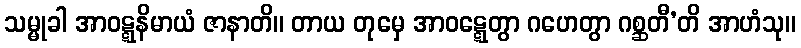
သမ္မုခါ အာဝဋ္ဋနိမာယံ ဇာနာတိ။ တာယ တုမှေ အာဝဋ္ဋေတွာ ဂဟေတွာ ဂစ္ဆတီ’တိ အာဟံသု။